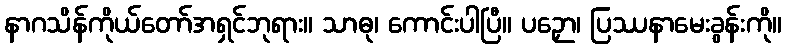
နာဂသိန်ကိုယ်တော်အရှင်ဘုရား။ သာဓု၊ ကောင်းပါပြီ။ ပဉှော၊ ပြဿနာမေးခွန်းကို။